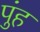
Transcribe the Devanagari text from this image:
पुंह